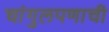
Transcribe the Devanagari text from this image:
चांगुलपणाची